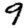
Digit: 9